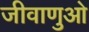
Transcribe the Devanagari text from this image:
जीवाणुओ